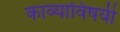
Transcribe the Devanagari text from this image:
काव्याविषयी